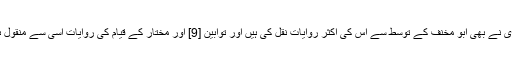
طبری نے بھی ابو مخنف کے توسط سے اس کی اکثر روایات نقل کی ہیں اور توابین [9] اور مختار کے قیام کی روایات اسی سے منقول ہیں ۔